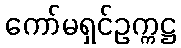
ကော်မရှင်ဥက္ကဋ္ဌ